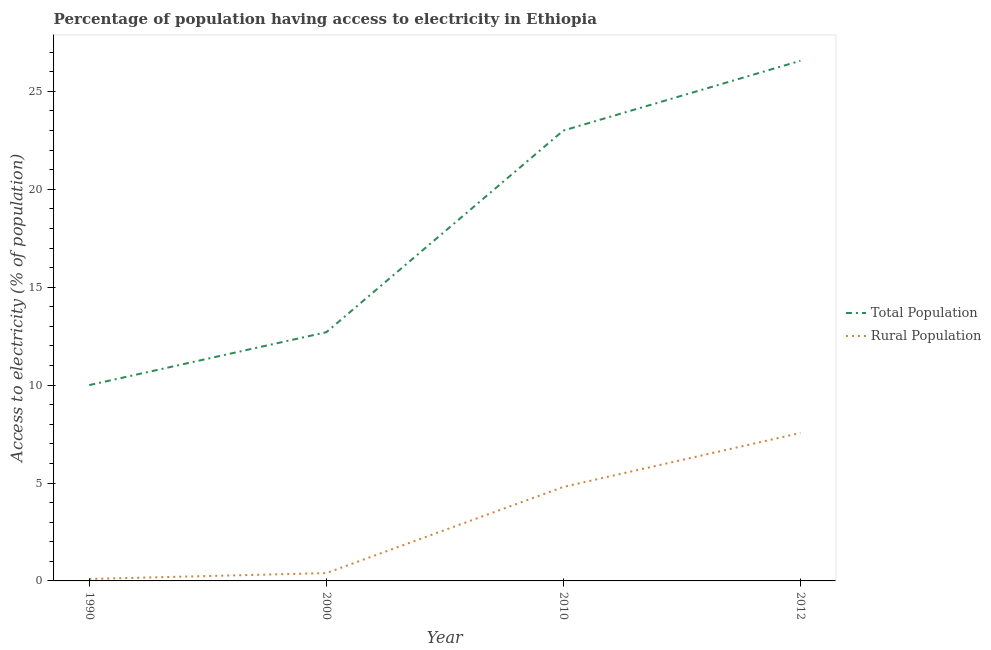
| Year | Total Population | Rural Population |
 | --- | --- | --- |
 | 1990 | 10 | 0.1 |
 | 2000 | 12.7 | 0.4 |
 | 2010 | 23 | 4.8 |
 | 2012 | 26.6 | 7.55 |